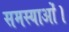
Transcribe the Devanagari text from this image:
समस्याओं।